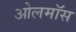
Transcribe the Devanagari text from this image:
ओलमॉस